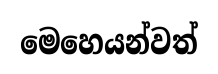
මෙහෙයන්වත්